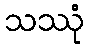
သဿုံ